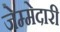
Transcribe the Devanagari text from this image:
जेम्मेदारी